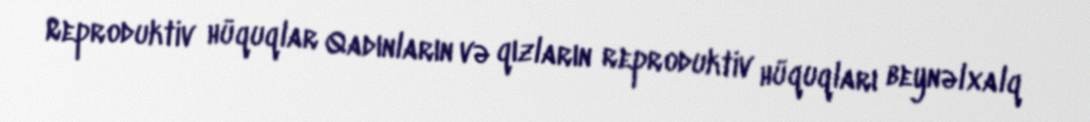
Reproduktiv hüquqlar Qadınların və qızların reproduktiv hüquqları beynəlxalq